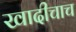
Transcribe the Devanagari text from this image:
खादीचाच